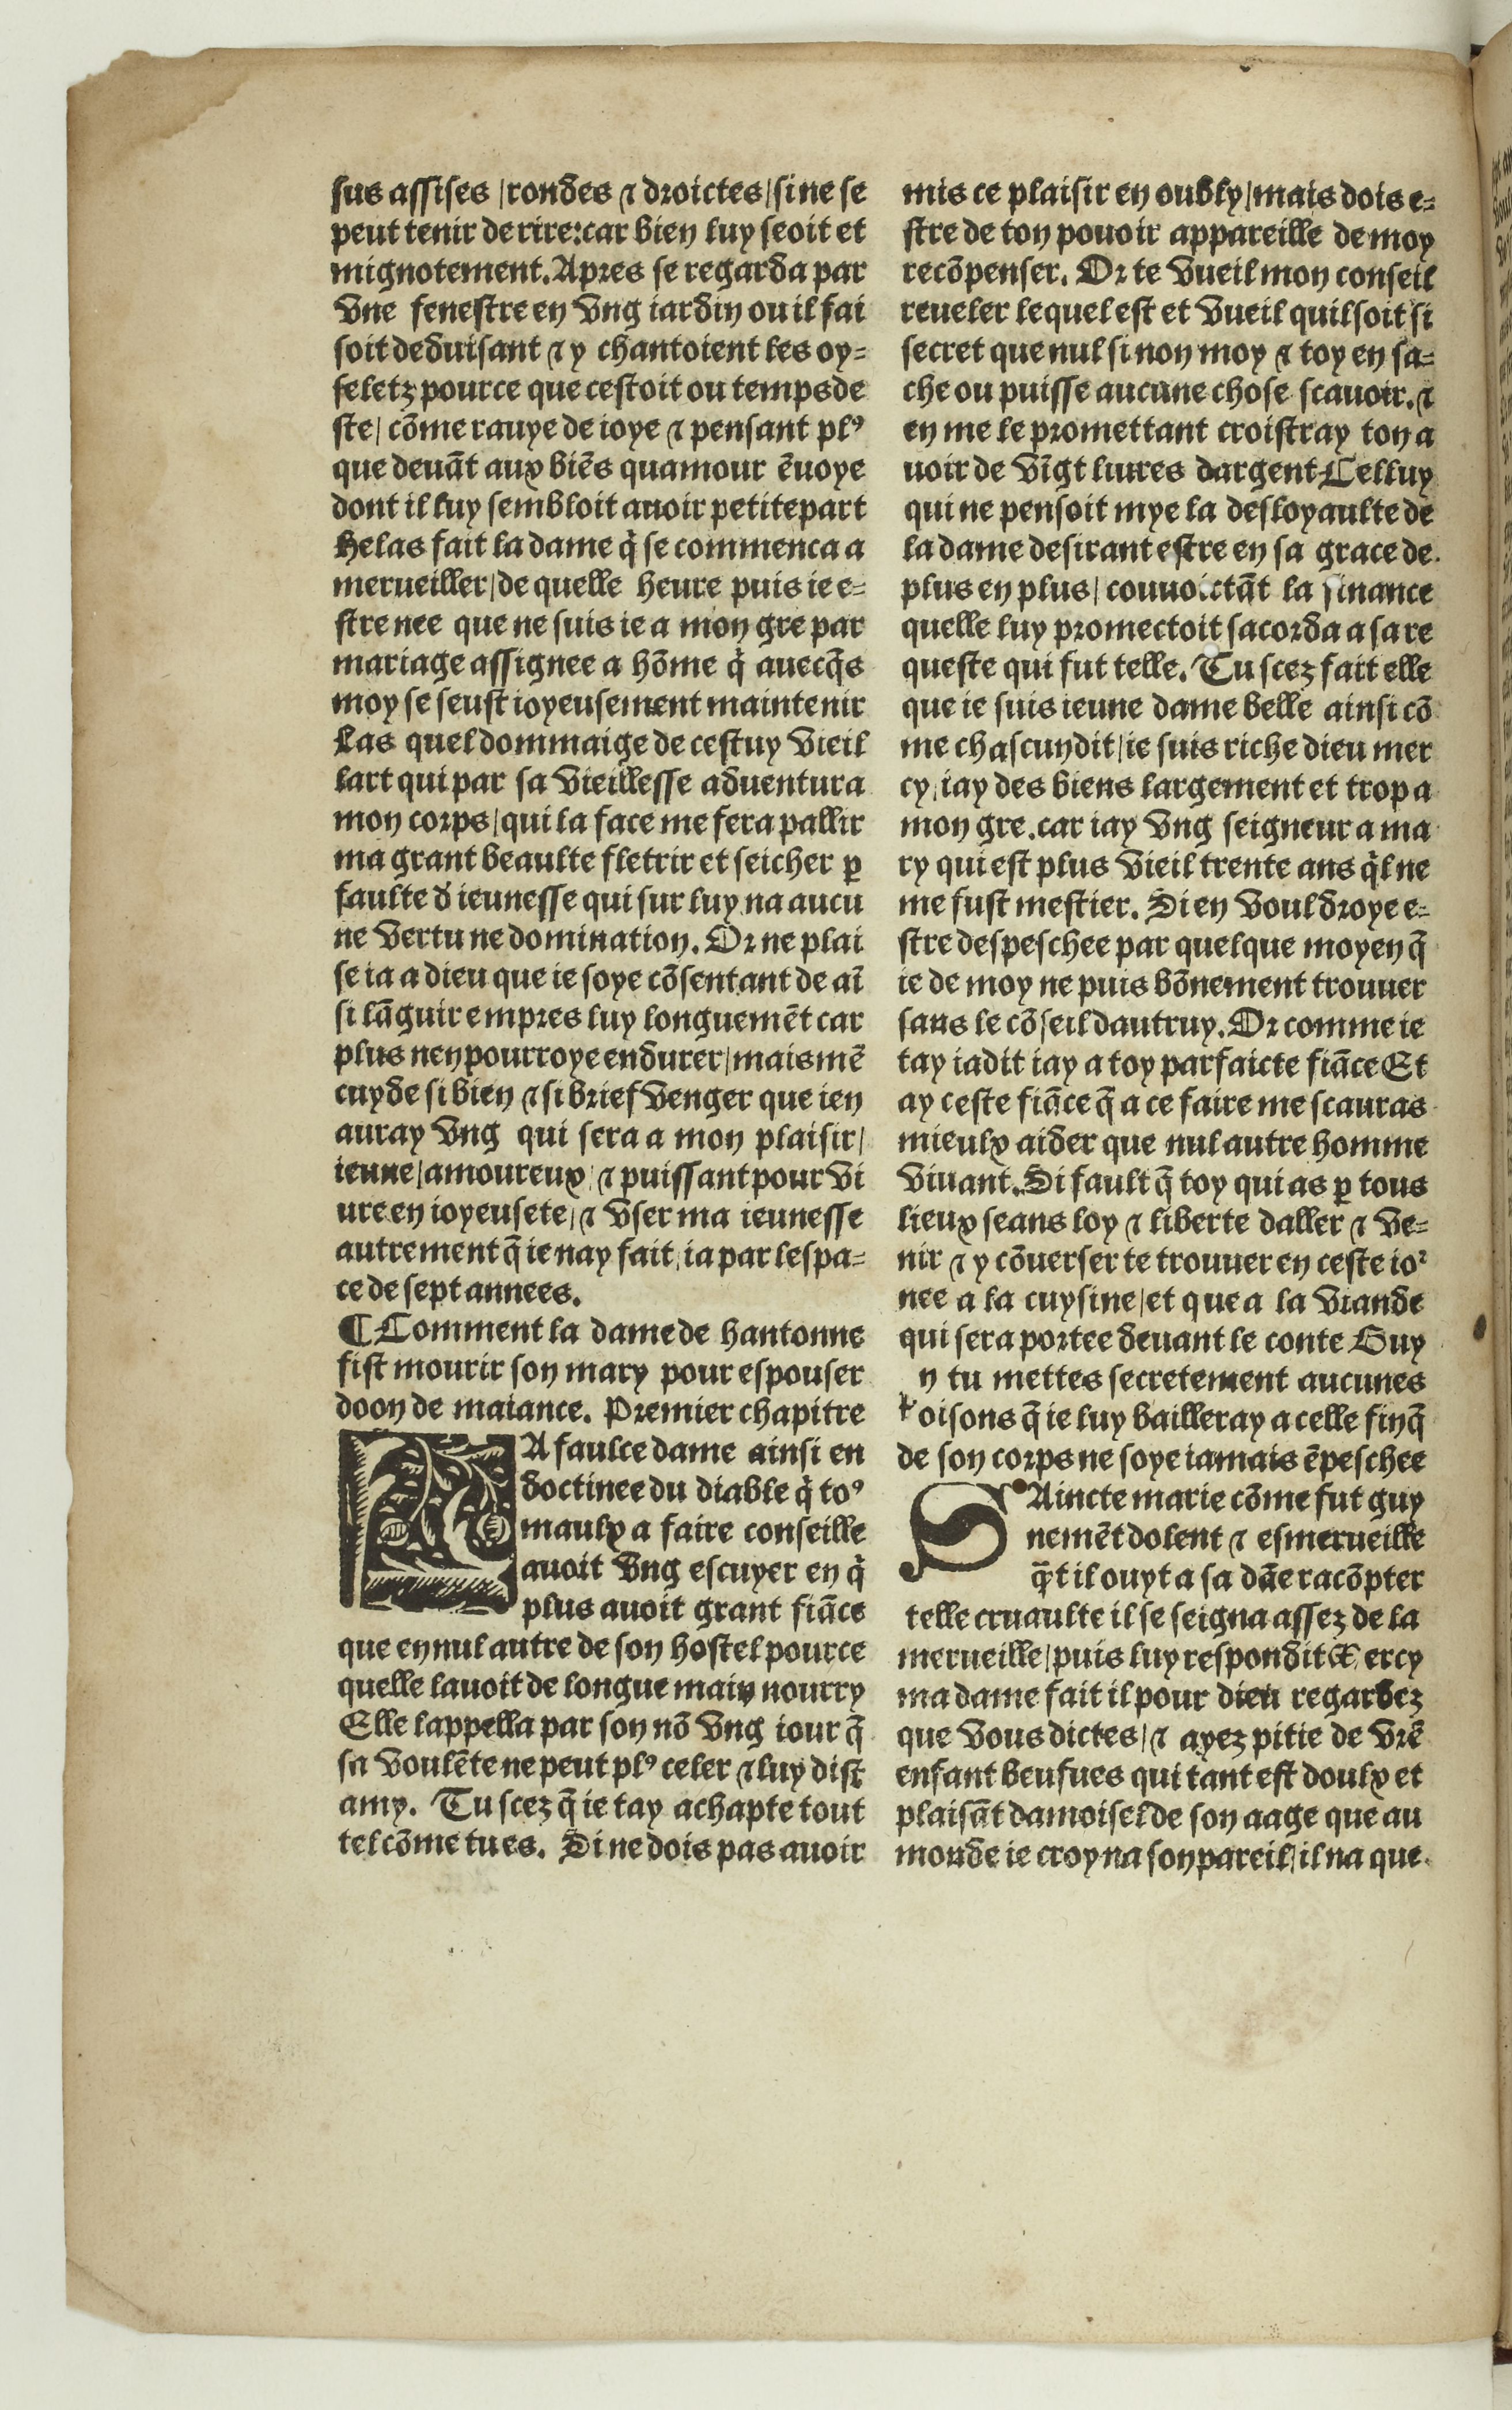
Shelfmark: Paris, BnF, Rés. Y2-674
Century: 16